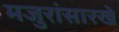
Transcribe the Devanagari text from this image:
मजुरांसारखे